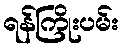
ရန်ကြိုးပမ်း